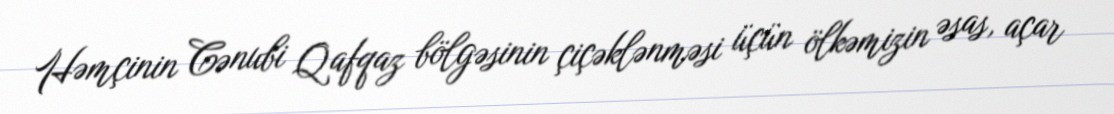
Həmçinin Cənubi Qafqaz bölgəsinin çiçəklənməsi üçün ölkəmizin əsas, açar